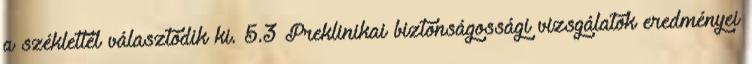
a széklettel választódik ki. 5.3 Preklinikai biztonságossági vizsgálatok eredményei